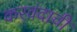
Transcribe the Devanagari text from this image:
करवंदाची